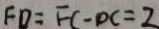
F D = F C - D C = 2